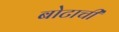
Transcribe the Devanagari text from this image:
बोटाची